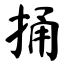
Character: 捅